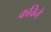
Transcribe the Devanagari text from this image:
कविने